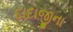
દાદાજીના